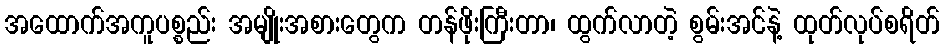
အထောက်အကူပစ္စည်း အမျိုးအစားတွေက တန်ဖိုးကြီးတာ၊ ထွက်လာတဲ့ စွမ်းအင်နဲ့ ထုတ်လုပ်စရိတ်